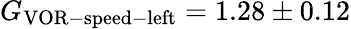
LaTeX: G_{\mathrm{VOR-speed-left}}=1.28\pm 0.12